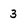
Character: 3